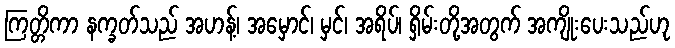
ကြတ္တိကာ နက္ခတ်သည် အဟန့်၊ အမှောင်၊ မှင်၊ အရိပ်၊ ရှိမ်းတို့အတွက် အကျိုးပေးသည်ဟု